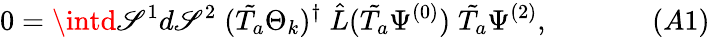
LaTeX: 0=\intd\mathscr{S}^{1}d\mathscr{S}^{2}\; (\tilde{{T_{a}}}\Theta_{k})^{\dagger}\; \hat{{L}}(\tilde{{T_{a}}}\Psi^{(0)})\; \tilde{{T_{a}}}\Psi^{(2)},\; \; \; \; \; \; \; \; \; \; \; \; \; (A1)